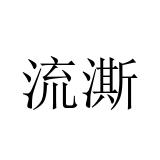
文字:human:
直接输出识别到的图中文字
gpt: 流澌